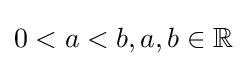
0<a<b,a,b\in \mathbb {R}